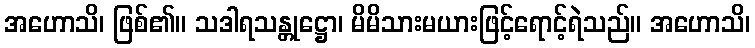
အဟောသိ၊ ဖြစ်၏။ သဒါရသန္တုဋ္ဌော၊ မိမိသားမယားဖြင့်ရောင့်ရဲသည်။ အဟောသိ၊